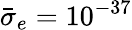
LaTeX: \bar{\sigma}_{e}=10^{-37}